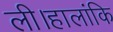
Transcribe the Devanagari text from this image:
ली।हालांकि